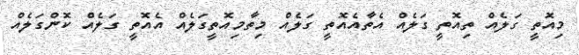
މިއޮތީ ގަލެއް ތިއޮތީ ގަލެއް އެތާއެއޮތީ ގަލެއް މިތާމިއޮތީގަލެއް އެއޮތީ ގަލެއް ކޮންގަލެއް